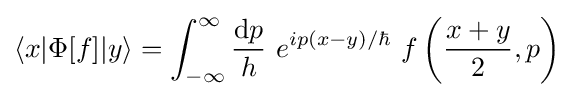
\langle x|\Phi [f]|y\rangle =\int _{-\infty }^{\infty }{{\text{d}}p \over h}~e^{ip(x-y)/\hbar }~f\left({x+y \over 2},p\right)